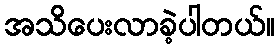
အသိပေးလာခဲ့ပါတယ်။